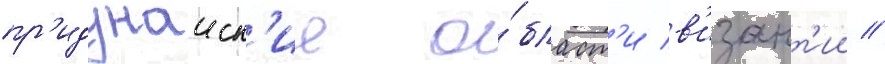
пр'идунаиск'ие о́бласт'и в'изант'ии //